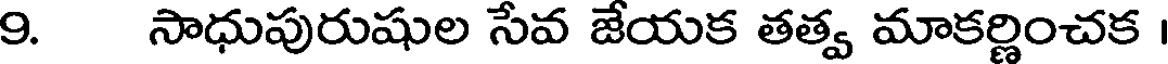
9. సాధుపురుషుల సేవ జేయక తత్వ మాకర్ణించక